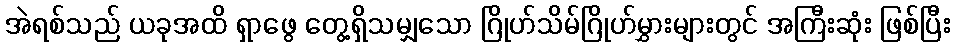
အဲရစ်သည် ယခုအထိ ရှာဖွေ တွေ့ရှိသမျှသော ဂြိုဟ်သိမ်ဂြိုဟ်မွှားများတွင် အကြီးဆုံး ဖြစ်ပြီး